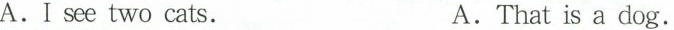
A.I see two cats. A.That is a dog.